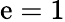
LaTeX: \mathrm{e}=1